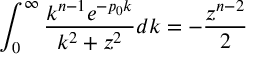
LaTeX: \int _ { 0 } ^ { \infty } \frac { k ^ { n - 1 } e ^ { - p _ { 0 } k } } { k ^ { 2 } + z ^ { 2 } } d k = - \frac { z ^ { n - 2 } } { 2 }